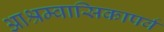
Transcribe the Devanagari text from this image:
आश्रम्वासिकापर्व